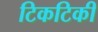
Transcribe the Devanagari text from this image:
टिकटिकी